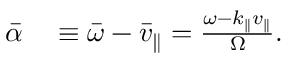
\begin{array} { r l } { \bar { \alpha } } & { { } \equiv \bar { \omega } - \bar { v } _ { \parallel } = \frac { \omega - k _ { \parallel } v _ { \parallel } } { \Omega } . } \end{array}